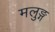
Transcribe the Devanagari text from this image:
मलुङ्ग